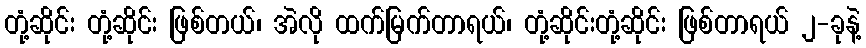
တုံ့ဆိုင်း တုံ့ဆိုင်း ဖြစ်တယ်၊ အဲလို ထက်မြက်တာရယ်၊ တုံ့ဆိုင်းတုံ့ဆိုင်း ဖြစ်တာရယ် ၂-ခုနဲ့